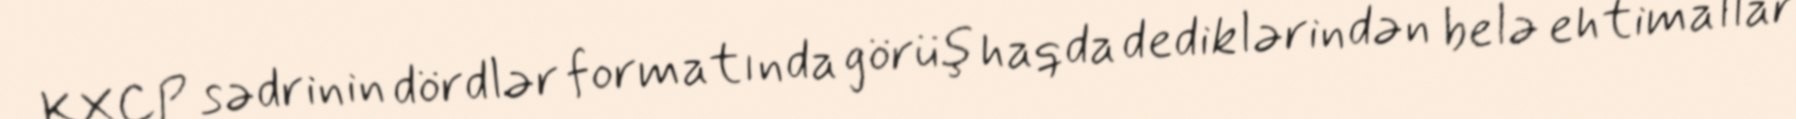
KXCP sədrinin dördlər formatında görüş haqda dediklərindən belə ehtimallar